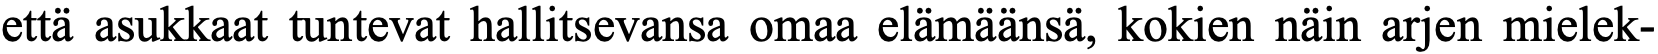
että asukkaat tuntevat hallitsevansa omaa elämäänsä, kokien näin arjen mielek-